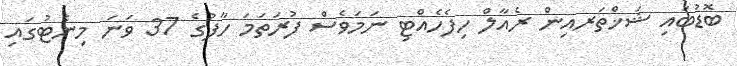
ބޮޑުބައި ޝަޚްތަރއިން ރެއާލް ހިފެހެއްޓި ނަމަވެސް ފުރަތަމަ ހާފުގެ 37 ވަނަ މިނެޓުގައި